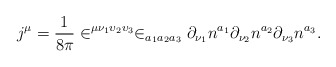
\begin{align*}j^\mu =\frac 1{8\pi }\in ^{\mu \nu _1\upsilon _2\upsilon _3}\in_{a_1a_2a_3}\partial _{\nu _1}n^{a_1}\partial _{\nu _2}n^{a_2}\partial _{\nu_3}n^{a_3}.\end{align*}